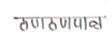
मजकूर: ठणठणपाळ